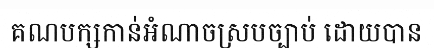
គណបក្សកាន់អំណាចស្របច្បាប់ ដោយបាន